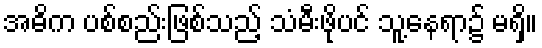
အဓိက ပစ်စည်းဖြစ်သည့် သံမီးဖိုပင် သူ့နေရာ၌ မရှိ။